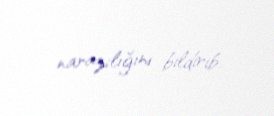
narazılığını bildirib.